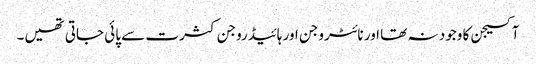
آکسیجن کا وجود نہ تھا اور نائٹروجن اور ہائیڈروجن کثرت سے پائی جاتی تھیں۔